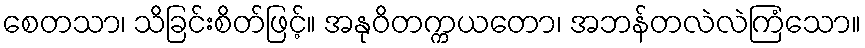
စေတသာ၊ သိခြင်းစိတ်ဖြင့်။ အနုဝိတက္ကယတော၊ အဘန်တလဲလဲကြံသော။